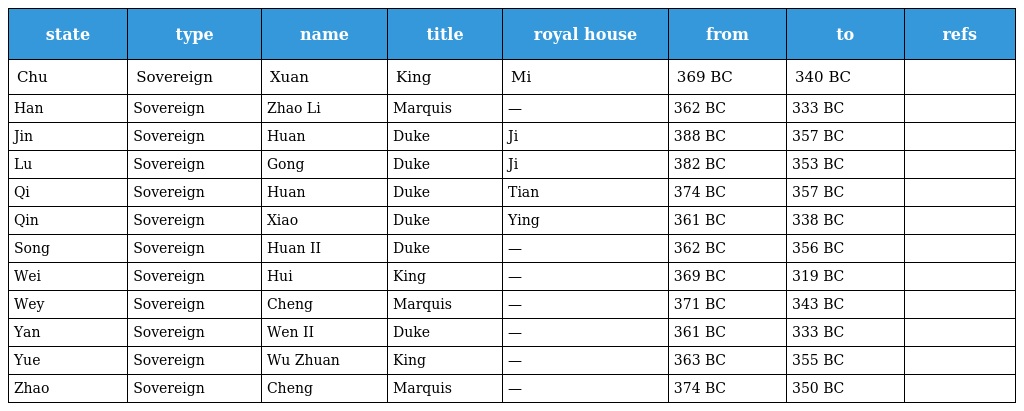
| state | type | name | title | royal house | from | to | refs |
 | --- | --- | --- | --- | --- | --- | --- | --- |
 | Chu | Sovereign | Xuan | King | Mi | 369 BC | 340 BC |  |
 | Han | Sovereign | Zhao Li | Marquis | — | 362 BC | 333 BC |  |
 | Jin | Sovereign | Huan | Duke | Ji | 388 BC | 357 BC |  |
 | Lu | Sovereign | Gong | Duke | Ji | 382 BC | 353 BC |  |
 | Qi | Sovereign | Huan | Duke | Tian | 374 BC | 357 BC |  |
 | Qin | Sovereign | Xiao | Duke | Ying | 361 BC | 338 BC |  |
 | Song | Sovereign | Huan II | Duke | — | 362 BC | 356 BC |  |
 | Wei | Sovereign | Hui | King | — | 369 BC | 319 BC |  |
 | Wey | Sovereign | Cheng | Marquis | — | 371 BC | 343 BC |  |
 | Yan | Sovereign | Wen II | Duke | — | 361 BC | 333 BC |  |
 | Yue | Sovereign | Wu Zhuan | King | — | 363 BC | 355 BC |  |
 | Zhao | Sovereign | Cheng | Marquis | — | 374 BC | 350 BC |  |